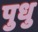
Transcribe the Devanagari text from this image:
पुधु